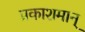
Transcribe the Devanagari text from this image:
प्रकाशमान्‌